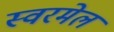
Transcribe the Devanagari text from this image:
स्वरमेल